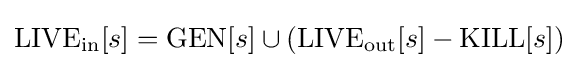
{\mbox{LIVE}}_{\mathrm {in} }[s]={\mbox{GEN}}[s]\cup ({\mbox{LIVE}}_{\mathrm {out} }[s]-{\mbox{KILL}}[s])